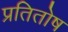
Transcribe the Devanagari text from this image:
प्रतितोष